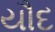
યૌદ